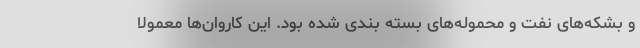
و بشکه‌های نفت و محموله‌های بسته بندی شده بود. این کاروان‌ها معمولا